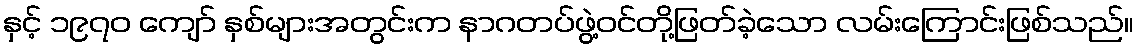
နှင့် ၁၉၇၀ ကျော် နှစ်များအတွင်းက နာဂတပ်ဖွဲ့ဝင်တို့ဖြတ်ခဲ့သော လမ်းကြောင်းဖြစ်သည်။